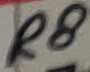
Text: R8